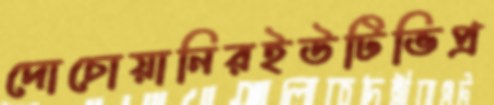
দোচোয়ানিরইউটিভিপ্র